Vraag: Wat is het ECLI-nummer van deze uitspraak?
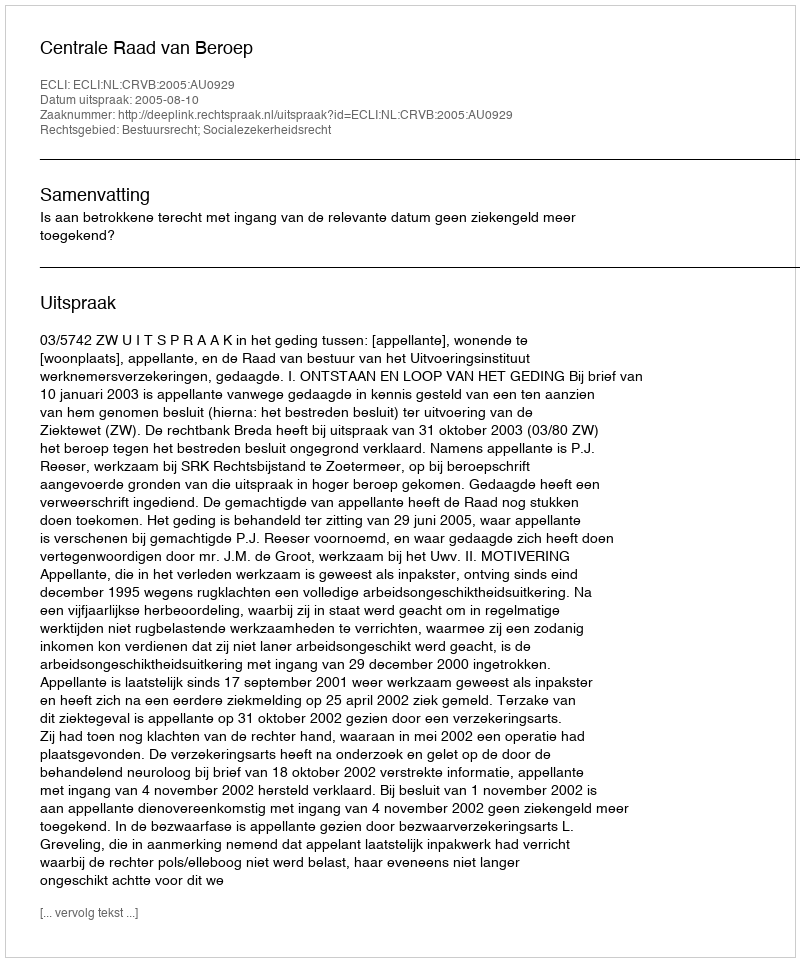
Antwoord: ECLI:NL:CRVB:2005:AU0929